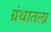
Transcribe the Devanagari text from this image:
ग्रंथातला